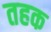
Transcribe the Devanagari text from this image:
तहक